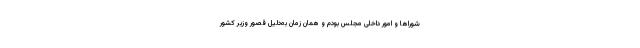
شوراها و امور داخلی مجلس بودم و همان زمان به‌دلیل قصور وزیر کشور